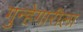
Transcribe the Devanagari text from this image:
गुन्हेगारीला